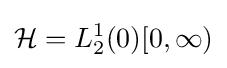
{\mathcal {H}}=L_{2}^{1}(0)[0,\infty )